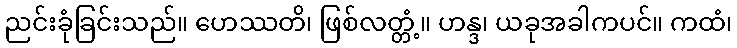
ညင်းခုံခြင်းသည်။ ဟေဿတိ၊ ဖြစ်လတ္တံ့။ ဟန္ဒ၊ ယခုအခါကပင်။ ကထံ၊